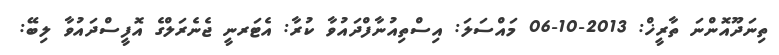
ތިނަދޫއޮންނަ ތާރީޚް: 2013-10-06 މައްސަލަ: އިސްތިއުނާފްދައުވާ ކުރާ: އެޓަރނީ ޖެނެރަލްގެ އޮފީސްދައުވާ ލިބޭ: